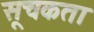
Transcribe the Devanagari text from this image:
सूचकता